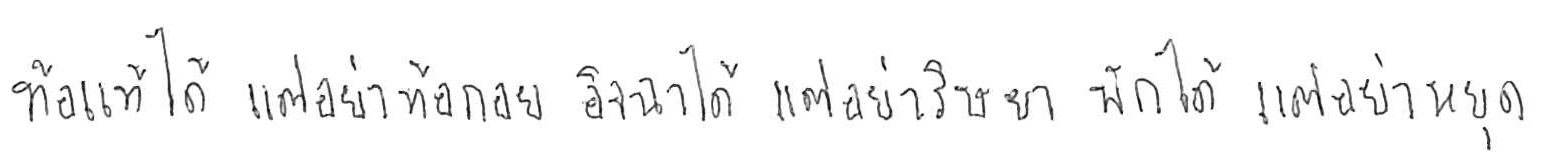
ท้อแท้ได้ แต่อย่าท้อถอย อิจฉาได้ แต่อย่าริษยา พักได้ แต่อย่าหยุด